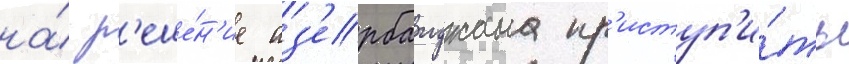
на́ р'еше́н'ие аз'ербаиджана пр'иступ'и́ть